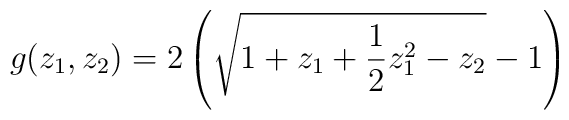
g (z_1, z_2) = 2 \left(\sqrt{1 + z_1 + {1\over 2} z_1^2 - z_2} - 1\right)